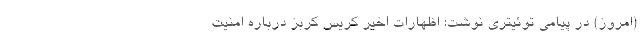
(امروز) در پیامی توئیتری نوشت: اظهارات اخیر کریس کربز درباره امنیت